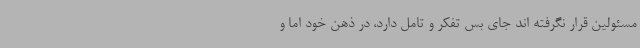
مسئولین قرار نگرفته اند جای بس تفکر و تامل دارد، در ذهن خود اما و